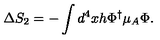
\Delta S _ { 2 } = - \int d ^ { 4 } x h \Phi ^ { \dagger } \mu _ { A } \Phi .